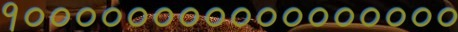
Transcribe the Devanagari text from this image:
१०००००००००००००००००